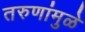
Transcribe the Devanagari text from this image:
तरुणांमुळे